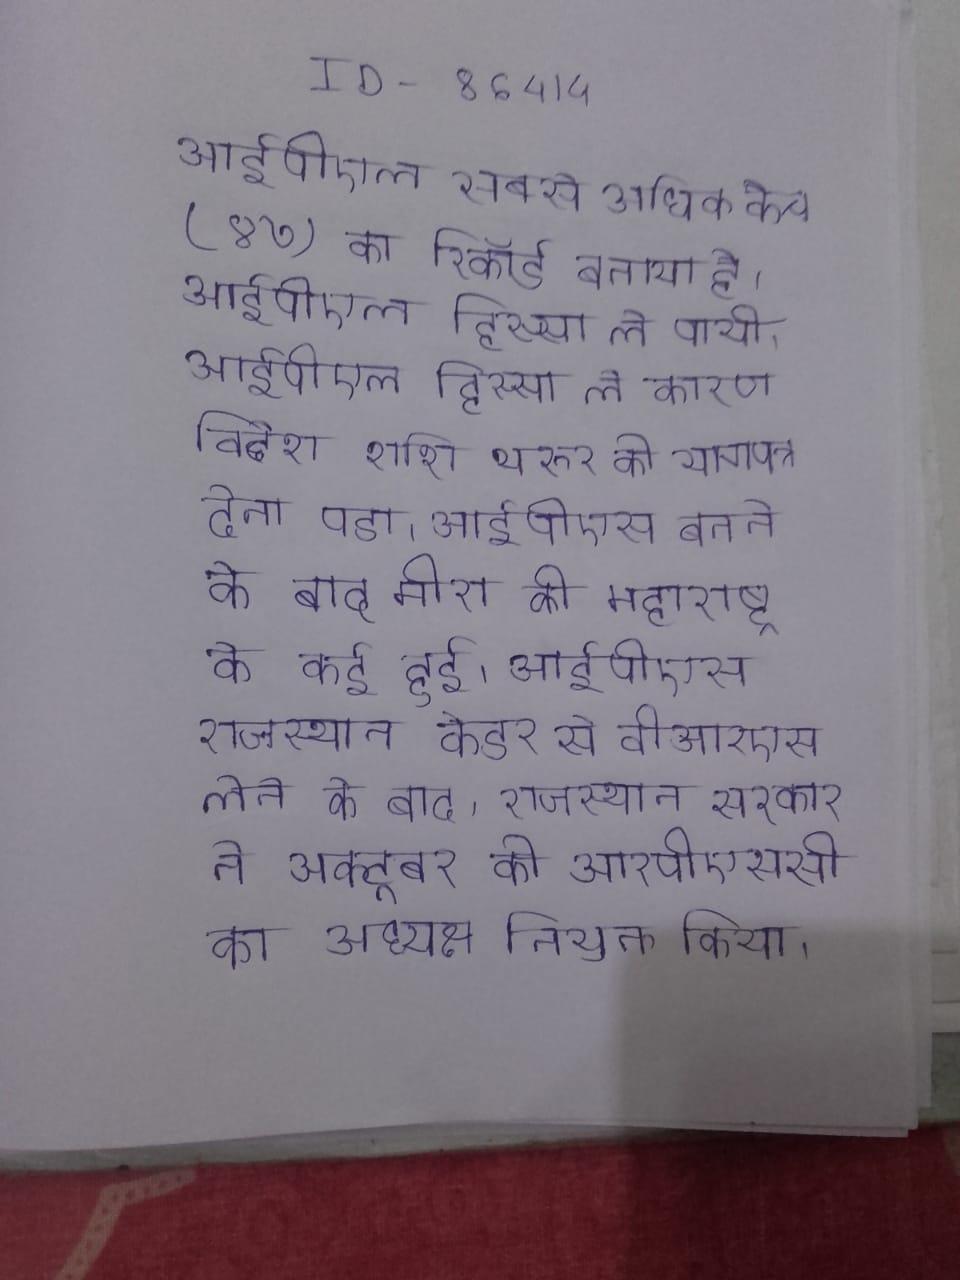
आईपीएल सबसे अधिक कैच (४७) का रिकॉर्ड बनाया है । आईपीएल हिस्सा लेे पायी । आईपीएल विवाद के कारण विदेश शशि थरूर को त्यागपत्र देना पडा । आईपीएस बनने के बाद मीरा की महाराष्ट्र के कई हुई । आईपीएस राजस्थान कैडर से वीआरएस लेने के बाद, राजस्थान सरकार ने अक्टूबर को आरपीएससी का अध्यक्ष नियुक्त किया ।